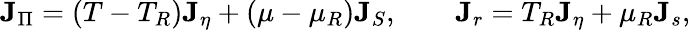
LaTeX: {\mathbf J}_{\Pi}=(T-T_{R}){\mathbf J}_{\eta}+(\mu-\mu_{R}){\mathbf J}_{S},\qquad{\mathbf J}_{r}=T_{R}{\mathbf J}_{\eta}+\mu_{R}{\mathbf J}_{s},